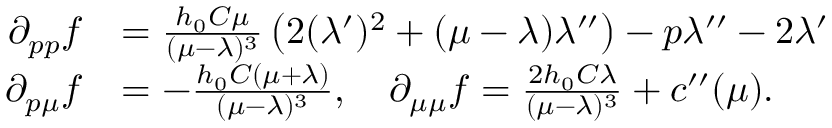
\begin{array} { r l } { \partial _ { p p } f } & { = \frac { h _ { 0 } C \mu } { ( \mu - \lambda ) ^ { 3 } } \left( 2 ( \lambda ^ { \prime } ) ^ { 2 } + ( \mu - \lambda ) \lambda ^ { \prime \prime } \right) - p \lambda ^ { \prime \prime } - 2 \lambda ^ { \prime } } \\ { \partial _ { p \mu } f } & { = - \frac { h _ { 0 } C ( \mu + \lambda ) } { ( \mu - \lambda ) ^ { 3 } } , \quad \partial _ { \mu \mu } f = \frac { 2 h _ { 0 } C \lambda } { ( \mu - \lambda ) ^ { 3 } } + c ^ { \prime \prime } ( \mu ) . } \end{array}